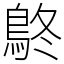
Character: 鴤